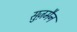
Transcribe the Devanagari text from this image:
सुज़मैन